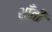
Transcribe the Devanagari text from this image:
शाँती